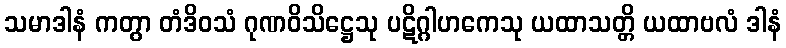
သမာဒါနံ ကတွာ တံဒိဝသံ ဂုဏဝိသိဋ္ဌေသု ပဋိဂ္ဂါဟကေသု ယထာသတ္တိ ယထာဗလံ ဒါနံ